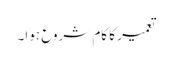
تعمیر کا کام شروع ہوا۔